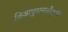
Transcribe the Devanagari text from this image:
विजापुरानजीकचे